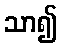
သာ၍